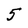
Character: 5